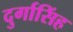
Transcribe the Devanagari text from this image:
दुर्गासिंह